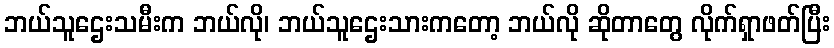
ဘယ်သူဌေးသမီးက ဘယ်လို၊ ဘယ်သူဌေးသားကတော့ ဘယ်လို ဆိုတာတွေ လိုက်ရှာဖတ်ပြီး